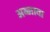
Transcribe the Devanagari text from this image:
अब्जावा